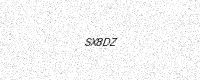
Text: SX8DZ